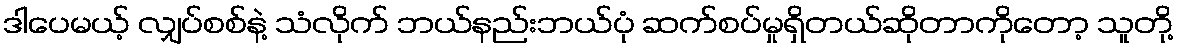
ဒါပေမယ့် လျှပ်စစ်နဲ့ သံလိုက် ဘယ်နည်းဘယ်ပုံ ဆက်စပ်မှုရှိတယ်ဆိုတာကိုတော့ သူတို့